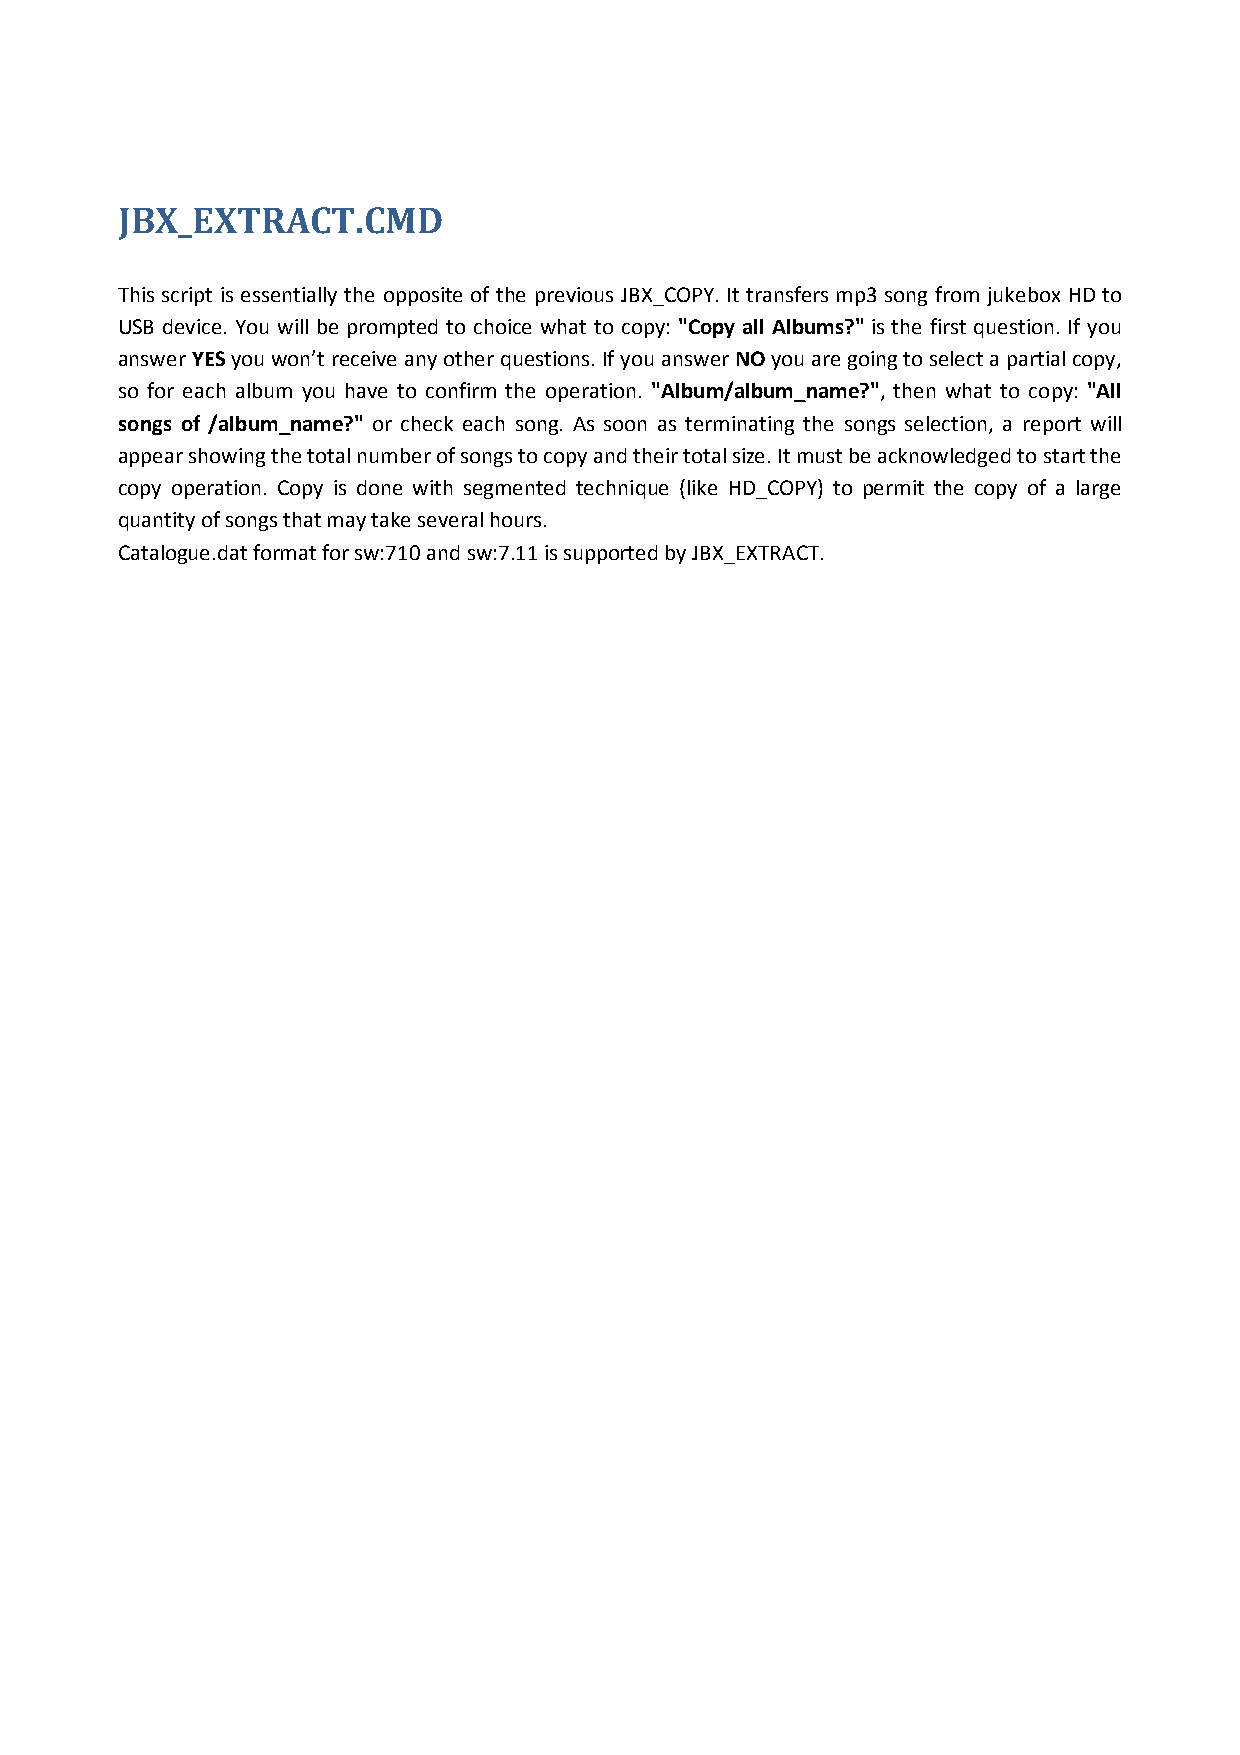
JBX_EXTRACT.CMD
 This script is essentially the opposite of the previous JBX_COPY. It transfers mp3 song from jukebox HD to
 USB device. You will be prompted to choice what to copy: "Copy all Albums?" is the first question. If you
 answer YES you won’t receive any other questions. If you answer NO you are going to select a partial copy,
 so for each album you have to confirm the operation. "Album/album_name?", then what to copy: "All
 songs of /album_name?" or check each song. As soon as terminating the songs selection, a report will
 appear showing the total number of songs to copy and their total size. It must be acknowledged to start the
 copy operation. Copy is done with segmented technique (like HD_COPY) to permit the copy of a large
 quantity of songs that may take several hours.
 Catalogue.dat format for sw:710 and sw:7.11 is supported by JBX_EXTRACT.